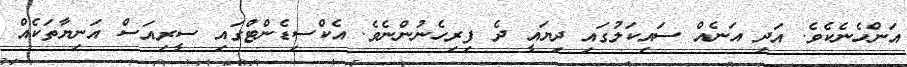
އަންހެނެކެވެ. އަދި އަނެއް ސައިކަލުގައި ދިޔައީ ދެ ފިރިހެނުންނެވެ. އެކްސިޑެންޓްގައި ސީރިއަސް އަނިޔާތަކެއް